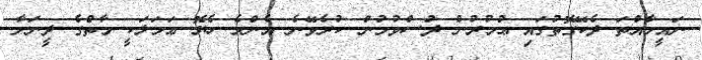
ނައީމާއްތަ ދެކޭގޮތުގައި ޢުމުރުން ދުަސްވުމުން ކުރެވޭނެ އެންމެ ހެޔޮ ޢަމަލަކީ މާތްގެ ދީނަށާ